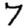
Digit: 7